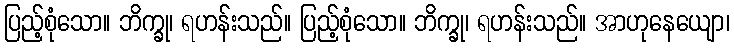
ပြည့်စုံသော။ ဘိက္ခု၊ ရဟန်းသည်။ ပြည့်စုံသော။ ဘိက္ခု၊ ရဟန်းသည်။ အာဟုနေယျော၊